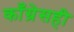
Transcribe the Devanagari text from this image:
काँग्रेसही